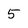
Character: 5